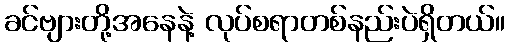
ခင်ဗျားတို့အနေနဲ့ လုပ်စရာတစ်နည်းပဲရှိတယ်။